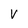
Character: V